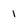
Character: 1